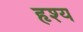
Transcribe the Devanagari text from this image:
हृश्य